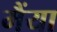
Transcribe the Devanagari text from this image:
मैंया